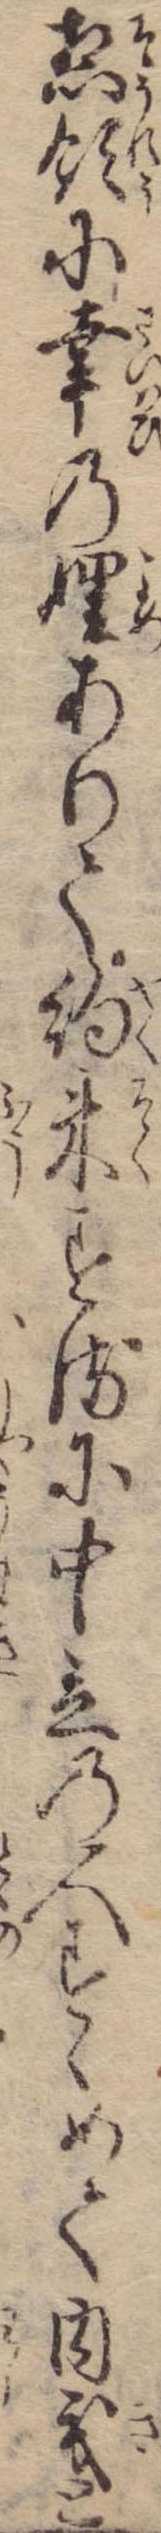
惣領に幸の娌ありて約束するに中立の人すゝめて内義と